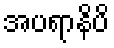
အပရာနိပိ